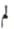
لم